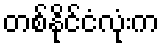
တစ်နိုင်ငံလုံးက